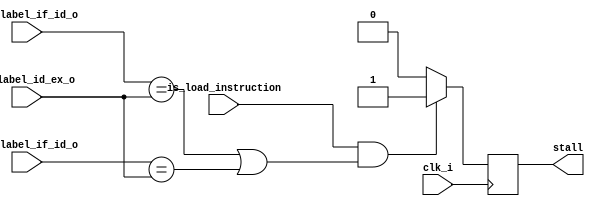
module hazard_detection_unit(
    input clk_i,  // Clock input
    input is_load_instruction,
    input [4:0] rd_label_id_ex_o,
    input [4:0] rs1_label_if_id_o,
    input [4:0] rs2_label_if_id_o,
    
    output reg stall
);

// Temporary register to track hazard condition


initial begin
    stall <= 1'b0;
end

always @(posedge clk_i) begin
    if (is_load_instruction && ((rs1_label_if_id_o == rd_label_id_ex_o) || (rs2_label_if_id_o == rd_label_id_ex_o))) begin
        stall <= 1'b1;
    end
    else begin
        stall <= 1'b0;
    end

    // Set stall for one clock cycle when hazard is detected

end

endmodule